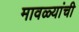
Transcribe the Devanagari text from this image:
मावळ्यांची